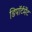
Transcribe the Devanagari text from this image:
डिपॉर्टमेंट